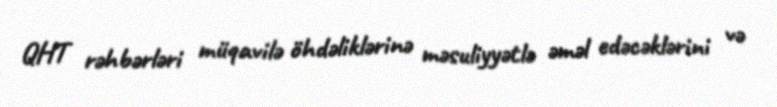
QHT rəhbərləri müqavilə öhdəliklərinə məsuliyyətlə əməl edəcəklərini və